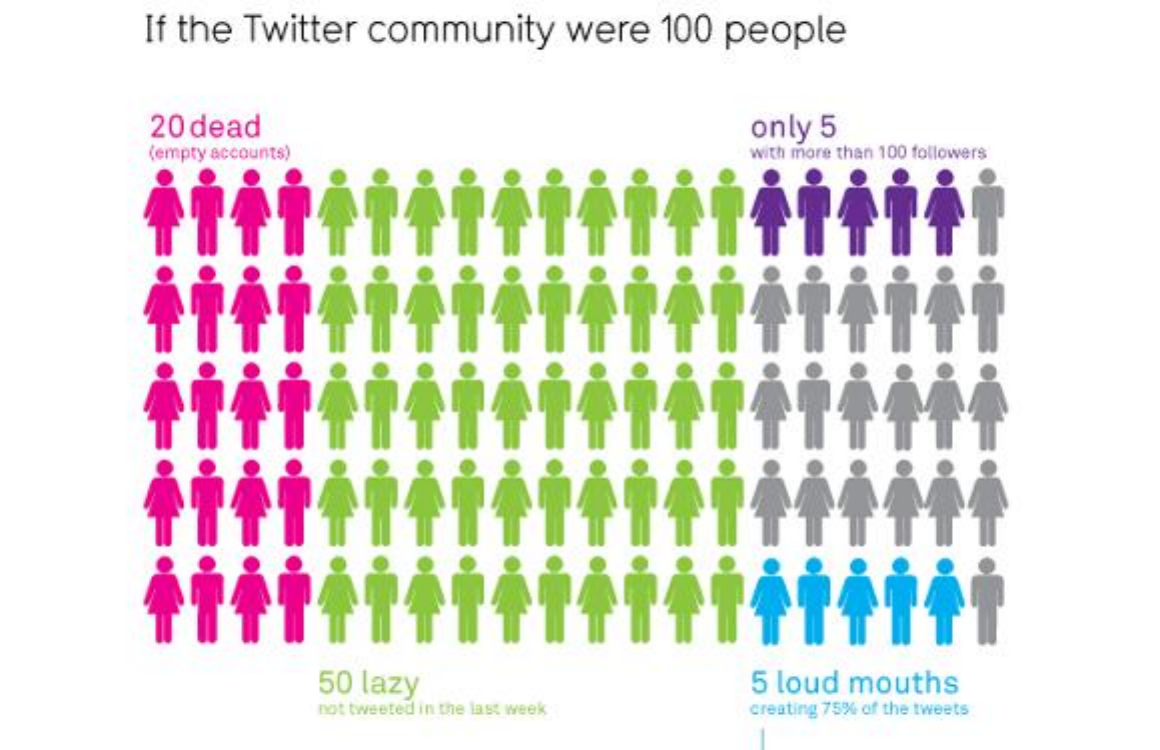
If the Twitter community    were   100 people
     20 dead    only 5
     (empty accounts)    with more than 100 followers
     50 lazy    5 loud mouths
     not tweeted in the last week  creating 75%% of the tweets